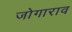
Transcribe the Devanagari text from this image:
जोगाराव